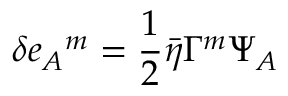
\delta e _ { A } { } ^ { m } = { \frac { 1 } { 2 } } \bar { \eta } \Gamma ^ { m } \Psi _ { A }